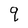
Character: q